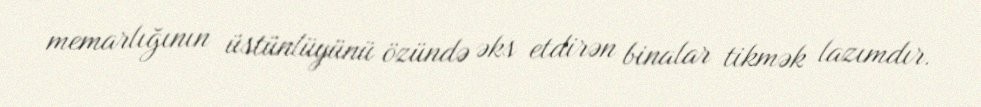
memarlığının üstünlüyünü özündə əks etdirən binalar tikmək lazımdır.